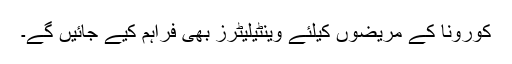
کورونا کے مریضوں کیلئے وینٹیلیٹرز بھی فراہم کیے جائیں گے۔